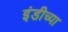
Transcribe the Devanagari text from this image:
इंडीच्या